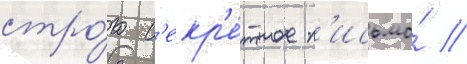
стро́го с'екр'е́тное п'исьмо́ //